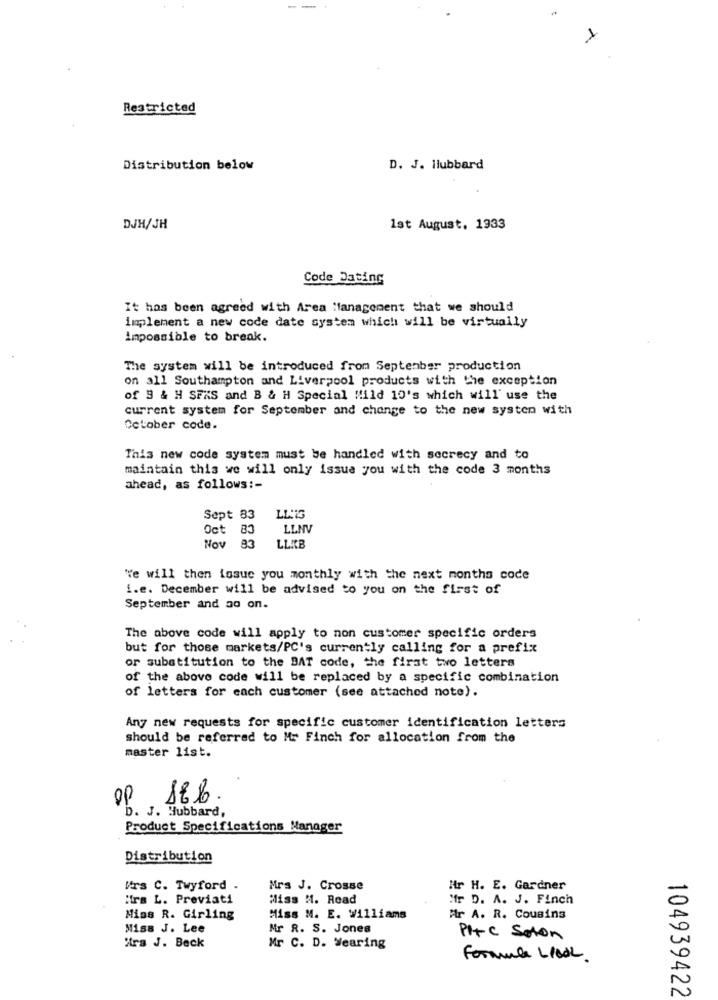
Restricted
Distribution below
D. J. Hubbard
DJH/JH
1st August, 1933
Code Dating
It has been agreed with Area Management that we should
implement a new code date system which will be virtually
impossible to break.
The system will be introduced from September production
on all Southampton and Liverpool products with the exception
of 9 & H SFXS and B & H Special Mild 10's which will' use the
current system for September and change to the new system with
October code.
This new code system must be handled with secrecy and to
maintain this we will only issue you with the code 3 months
ahead, as follows :-
Sept 83
Oct
LLNV
Nov 83
LLKB
We will then tosue you monthly with the next months code
i.e. December will be advised to you on the first of
September and so on.
The above code will apply to non customer specific orders
but for those markets/PC's currently calling for a prefix
or substitution to the BAT code, the first two letters
of the above code will be replaced by a specific combination
of letters for each customer (see attached note).
Any new requests for specific customer identification letters
should be referred to Mr Finch for allocation from the
master list.
op
D. J. Hubbard,
Product Specifications Manager
Distribution
Mrs C. Twyford .
Mrs J. Crosse
Mr H. E. Gardner
Mira L. Previati
Miss M. Read
Mfr D. A. J. Finch
Miss R. Girling
Miss M. E. Williams
Ar A. R. Cousins
Miss J. Lee
Mr R. S. Jones
Irs J. Beck
PI+C Solon
Mr C. D. Wearing
Formule L/ALL.
104939422